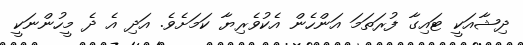
ދިޝާއަކީ ޓައިގާ ފުރަތަމަ އަންހެން އެކުވެރިޔާ ކަމަށެވެ. އަދި އެ ދެ މީހުންނަކީ